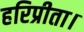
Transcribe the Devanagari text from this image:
हरिप्रीता।